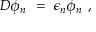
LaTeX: D \phi _ { n } \ = \ \epsilon _ { n } \phi _ { n } \ ,